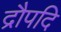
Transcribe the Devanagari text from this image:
द्रौपदि